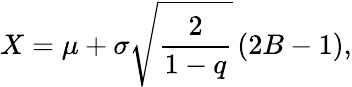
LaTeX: X=\mu+\sigma\sqrt{\frac{2}{1-q}}\left(2B-1\right),